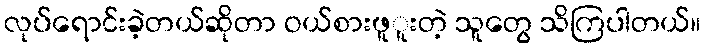
လုပ်ရောင်းခဲ့တယ်ဆိုတာ ဝယ်စားဖူူးတဲ့ သူတွေ သိကြပါတယ်။